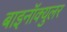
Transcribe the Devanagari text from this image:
बाइनॉक्युलर